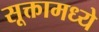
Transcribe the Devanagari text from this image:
सूक्तामध्ये